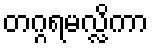
တဂ္ဂရမလ္လိကာ